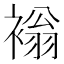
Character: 𧛹